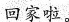
回家啦。